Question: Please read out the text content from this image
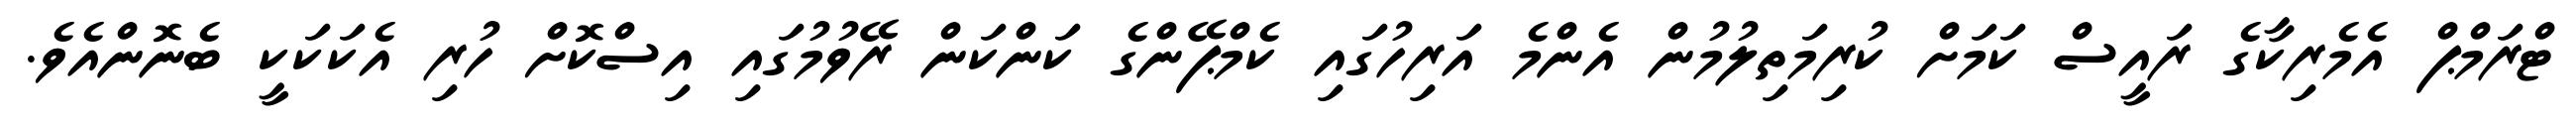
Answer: ޓްރަމްޕް އެމެރިކާގެ ރައީސް ކަމަށް ކުރިމަތިލުމުން އެންމެ އަރިހުގައި ކެމްޕޭންގެ ކަންކަން ރޭވުމުގައި އިސްކޮށް ހުރި އެކަކަކީ ބެނޮންއެވެ.